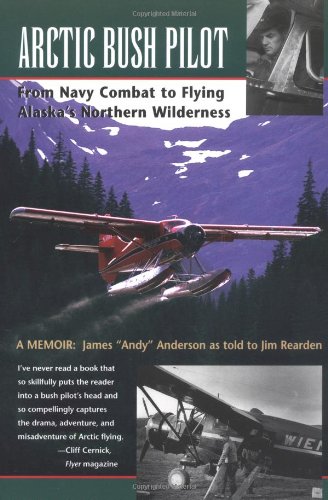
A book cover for Arctic Bush Pilot: From Navy Combat to Flying Alaska's Northern Wilderness- A Memoir; James "Andy" Anderson; Travel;